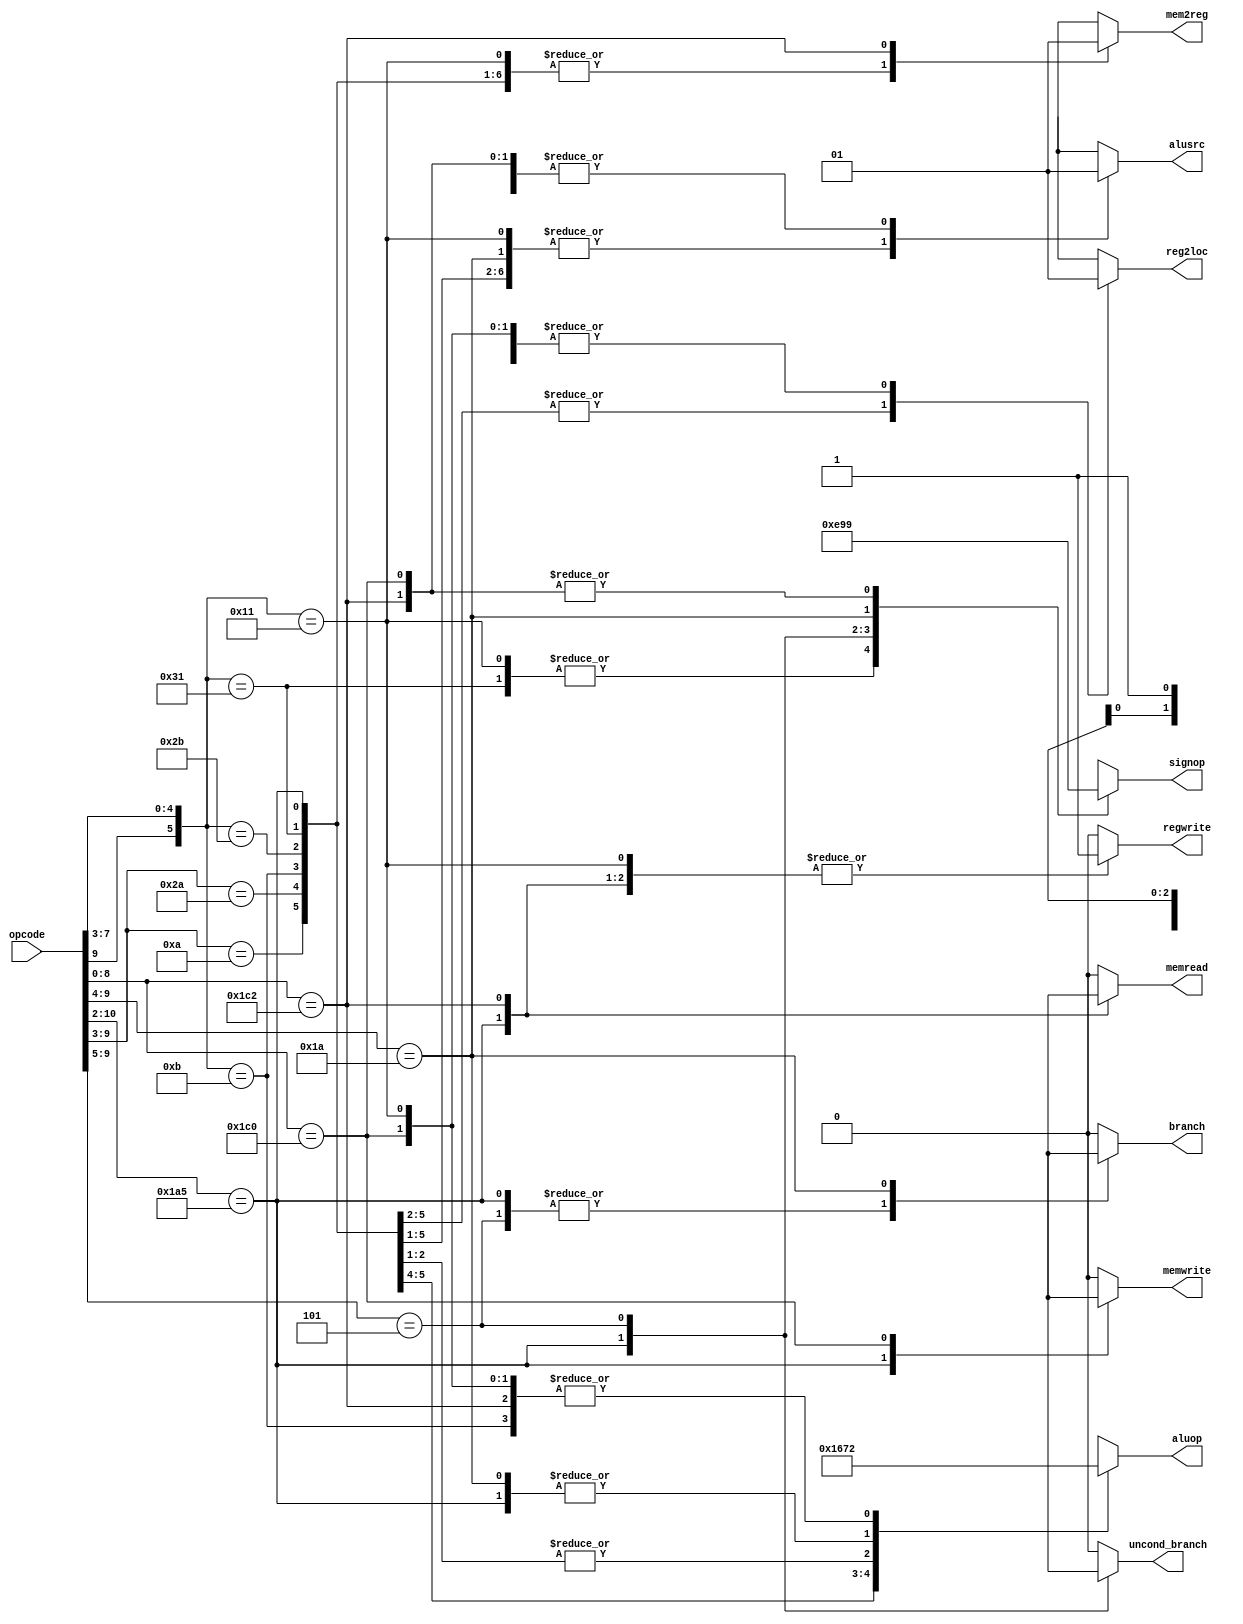
`define OPCODE_ANDREG 11'b?0001010???
`define OPCODE_ORRREG 11'b?0101010???
`define OPCODE_ADDREG 11'b?0?01011???
`define OPCODE_SUBREG 11'b?1?01011???

`define OPCODE_ADDIMM 11'b?0?10001???
`define OPCODE_SUBIMM 11'b?1?10001???

`define OPCODE_MOVZ   11'b110100101??

`define OPCODE_B      11'b?00101?????
`define OPCODE_CBZ    11'b?011010????

`define OPCODE_LDUR   11'b??111000010
`define OPCODE_STUR   11'b??111000000

module control(
	       output reg 	reg2loc,
	       output reg 	alusrc,
	       output reg 	mem2reg,
	       output reg 	regwrite,
	       output reg 	memread,
	       output reg 	memwrite,
	       output reg 	branch,
	       output reg 	uncond_branch,
	       output reg [3:0] aluop,
	       output reg [2:0] signop,
		//	output reg movz,
	       input [10:0] 	opcode
	       );

   always @(*)
     begin
	casez (opcode)

          /* Add cases here for each instruction your processor supports */

          `OPCODE_ANDREG:
            begin
               reg2loc       = 1'b0;
               alusrc        = 1'b0;
               mem2reg       = 1'b0;
               regwrite      = 1'b1;
               memread       = 1'b0;
               memwrite      = 1'b0;
               branch        = 1'b0;
               uncond_branch = 1'b0;
               aluop         = 4'b0000;
               signop        = 3'bxxx;
			//	movz = 1'b0;
            end

          `OPCODE_ORRREG:
            begin
               reg2loc       = 1'b0;
               alusrc        = 1'b0;
               mem2reg       = 1'b0;
               regwrite      = 1'b1; //prelab incorrect
               memread       = 1'b0;
               memwrite      = 1'b0;
               branch        = 1'b0;
               uncond_branch = 1'b0;
               aluop         = 4'b0001;
               signop        = 3'bxxx;
			//	movz = 1'b0;
            end

          `OPCODE_ADDREG:
            begin
               reg2loc       = 1'b0;
               alusrc        = 1'b0;
               mem2reg       = 1'b0;
               regwrite      = 1'b1;
               memread       = 1'b0;
               memwrite      = 1'b0;
               branch        = 1'b0;
               uncond_branch = 1'b0;
               aluop         = 4'b0010;
               signop        = 3'bxxx;
			//	movz = 1'b0;
            end

          `OPCODE_SUBREG :
            begin
               reg2loc       = 1'b0;
               alusrc        = 1'b0;
               mem2reg       = 1'b0;
               regwrite      = 1'b1;
               memread       = 1'b0;
               memwrite      = 1'b0;
               branch        = 1'b0;
               uncond_branch = 1'b0;
               aluop         = 4'b0110;
               signop        = 3'bxxx;
			//	movz = 1'b0;
            end

          `OPCODE_ADDIMM:
            begin
               reg2loc       = 1'b1;
               alusrc        = 1'b0;
               mem2reg       = 1'b0;
               regwrite      = 1'b1;
               memread       = 1'b0;
               memwrite      = 1'b0;
               branch        = 1'b0;
               uncond_branch = 1'b0;
               aluop         = 4'b0010;
               signop        = 3'b000;
            end
          `OPCODE_SUBIMM:
            begin
               reg2loc       = 1'b1;
               alusrc        = 1'b0;
               mem2reg       = 1'b0;
               regwrite      = 1'b1;
               memread       = 1'b0;
               memwrite      = 1'b0;
               branch        = 1'b0;
               uncond_branch = 1'b0;
               aluop         = 4'b0110;
               signop        = 3'b000;
            end
          `OPCODE_MOVZ:
            begin
               reg2loc       = 1'bx;
               alusrc        = 1'b1;
               mem2reg       = 1'b0;
               regwrite      = 1'b1;
               memread       = 1'bx;
               memwrite      = 1'bx;
               branch        = 1'bx;
               uncond_branch = 1'bx;
               aluop         = 4'b0111;
               signop        = 3'b111;

            end
          `OPCODE_B:
            begin
               reg2loc       = 1'bx;
               alusrc        = 1'bx; //x, wrong on prelab
               mem2reg       = 1'bx;
               regwrite      = 1'b0;
               memread       = 1'b0;
               memwrite      = 1'b0;
               branch        = 1'bx; //x
               uncond_branch = 1'b1;
               aluop         = 4'bxxxx;
               signop        = 3'b010;
            end
          `OPCODE_CBZ:
            begin
               reg2loc       = 1'b1;
               alusrc        = 1'b0;
               mem2reg       = 1'bx;
               regwrite      = 1'b0;
               memread       = 1'b0;
               memwrite      = 1'b0;
               branch        = 1'b1;
               uncond_branch = 1'b0;
               aluop         = 4'b0111;
               signop        = 3'b011;
            end
          `OPCODE_LDUR:
            begin
               reg2loc       = 1'bx;
               alusrc        = 1'b1;
               mem2reg       = 1'b1;
               regwrite      = 1'b1;
               memread       = 1'b1;
               memwrite      = 1'b0;
               branch        = 1'b0;
               uncond_branch = 1'b0;
               aluop         = 4'b0010;
               signop        = 3'b001;

            end
          `OPCODE_STUR:
            begin
               reg2loc       = 1'b1;
               alusrc        = 1'b1;
               mem2reg       = 1'bx;
               regwrite      = 1'b0;
               memread       = 1'b0;
               memwrite      = 1'b1;
               branch        = 1'b0;
               uncond_branch = 1'b0;
               aluop         = 4'b0010;
               signop        = 3'b001;
            end
          default:
            begin
               reg2loc       = 1'bx;
               alusrc        = 1'bx;
               mem2reg       = 1'bx;
               regwrite      = 1'b0;
               memread       = 1'b0;
               memwrite      = 1'b0;
               branch        = 1'b0;
               uncond_branch = 1'b0;
               aluop         = 4'bxxxx;
               signop        = 3'bxxx;
            end

	endcase
     end

endmodule